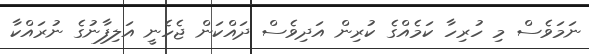
ނަމަވެސް މި ހުރިހާ ކަމެއްގެ ކުރިން އަދިވެސް ދައްކަން ޖެހެނީ އަލިފާނުގެ ނުރައްކާ